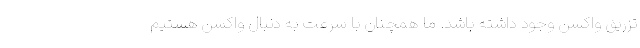
تزریق واکسن وجود داشته باشد. ما همچنان با سرعت به دنبال واکسن هستیم